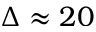
\Delta \approx 2 0